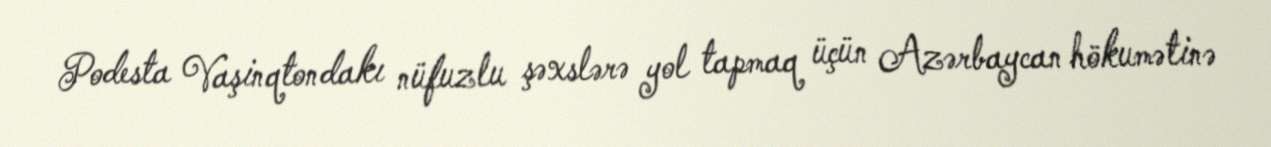
Podesta Vaşinqtondakı nüfuzlu şəxslərə yol tapmaq üçün Azərbaycan hökumətinə